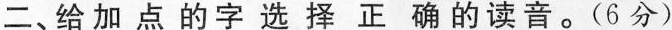
二、给加点的字选择正确的读音。(6分)